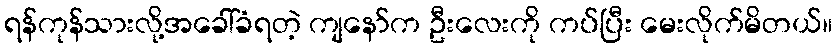
ရန်ကုန်သားလို့အခေါ်ခံရတဲ့ ကျနော်က ဦးလေးကို ကပ်ပြီး မေးလိုက်မိတယ်။